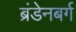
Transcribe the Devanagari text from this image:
ब्रंडेनबर्ग